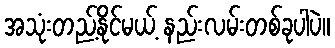
အသုံးတည့်နိုင်မယ့် နည်းလမ်းတစ်ခုပါပဲ။